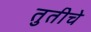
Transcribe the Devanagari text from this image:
तुतीचे